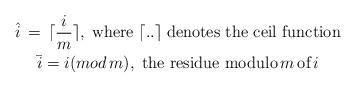
LaTeX: \begin{gather*}\hat{i}\,=\,\lceil \frac{i}{m}\rceil,\; \textrm{where}\; \lceil ..\rceil\; \textrm{denotes the ceil function}\\\bar{i}= i (mod \,m),\; \textrm{the residue modulo}\, m\, \textrm{of} \,i \\\end{gather*}